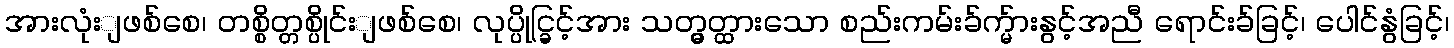
အားလုံးျဖစ်စေ၊ တစ္စိတ္တစ္ပိုင်းျဖစ်စေ၊ လုပ္ပိုင္ခြင့်အား သတ္မွတ္ထားသော စည်းကမ်းခ်က္မ်ားနွင့်အညီ ရောင်းခ်ခြင့်၊ ပေါင်နွံခြင့်၊